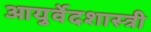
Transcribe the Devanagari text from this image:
आयुर्वेदशास्‍त्री